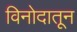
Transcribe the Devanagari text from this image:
विनोदातून